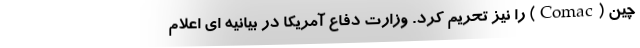
چین (Comac) را نیز تحریم کرد. وزارت دفاع آمریکا در بیانیه ای اعلام